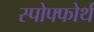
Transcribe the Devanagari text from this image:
स्पोफ्फोर्थ